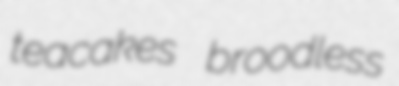
teacakes broodless